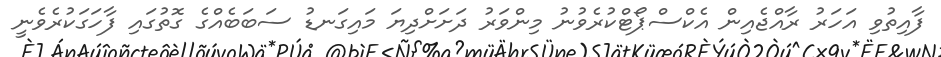
ފާއިތުވި އަހަރު ރާއްޖެއިން އެކްސްޕޯޓްކުރެވުނު މިންވަރު ދަށަށްދިޔަ މައިގަނޑު ސަބަބެއްގެ ގޮތުގައި ފާހަގަކުރެވެނީ